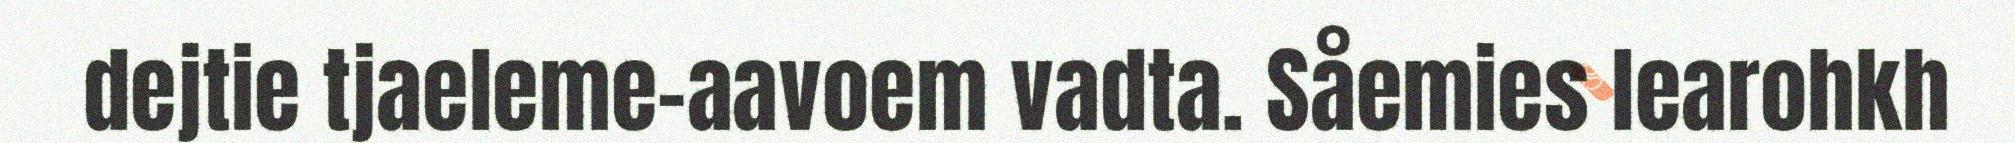
dejtie tjaeleme-aavoem vadta. Såemies learohkh